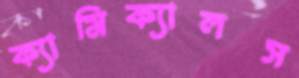
ক্যামিক্যালস